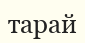
тарай